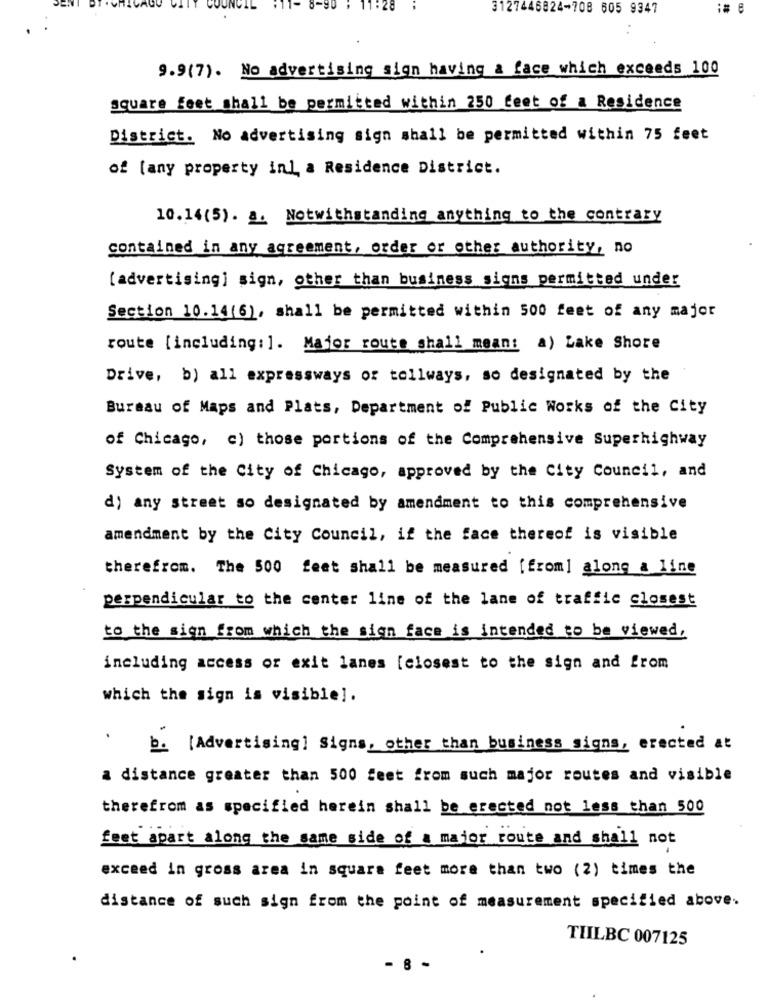
3127446824-708 605 9347
9.9(7). No advertising sign having a face which exceeds 100
square feet shall be permitted within 250 feet of a Residence
District. No advertising sign shall be permitted within 75 feet
of [any property in] a Residence District.
10.14(5). a. Notwithstanding anything to the contrary
contained in any agreement, order or other authority, no
[advertising] sign, other than business signs permitted under
Section 10.14(6), shall be permitted within 500 feet of any major
route [including: ]. Major route shall mean: a) Lake Shore
Drive, b) all expressways of tollways, so designated by the
Bureau of Maps and Plats, Department of Public Works of the City
of Chicago, c) those portions of the Comprehensive Superhighway
System of the City of Chicago, approved by the City Council, and
d) any street so designated by amendment to this comprehensive
amendment by the City Council, if the face thereof is visible
therefrom. The 500 feet shall be measured [from] along a line
perpendicular to the center line of the lane of traffic closest
to the sign from which the sign face is intended to be viewed,
including access or exit lanes [closest to the sign and from
which the sign is visible].
b. [Advertising] Signs, other than business signs, erected at
a distance greater than 500 feet from such major routes and visible
therefrom as specified herein shall be erected not less than 500
feet apart along the same side of a maior route and shall not
exceed in gross area in square feet more than two (2) times the
distance of such sign from the point of measurement specified above.
TILBC 007125
- 8 -